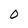
Character: O